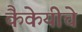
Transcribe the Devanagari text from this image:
कैकेयीचे